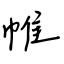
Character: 帷